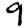
Digit: 9